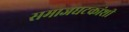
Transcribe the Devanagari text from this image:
समाजघटकांशी